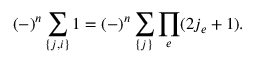
( - \l ) ^ { n } \sum _ { \{ j , i \} } 1 = ( - \l ) ^ { n } \sum _ { \{ j \} } \prod _ { e } ( 2 j _ { e } + 1 ) .